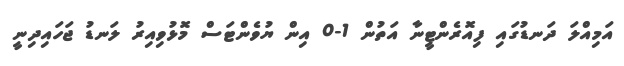
އަމިއްލަ ދަނޑުގައި ފިއޮރެންޓީނާ އަތުން 1-0 އިން ޔުވެންޓަސް މޮޅުވިއިރު ލަނޑު ޖަހައިދިނީ